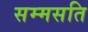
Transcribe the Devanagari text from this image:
सम्मसति